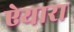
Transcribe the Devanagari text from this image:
ऐयारा